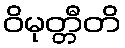
ဝိမုတ္တီတိ